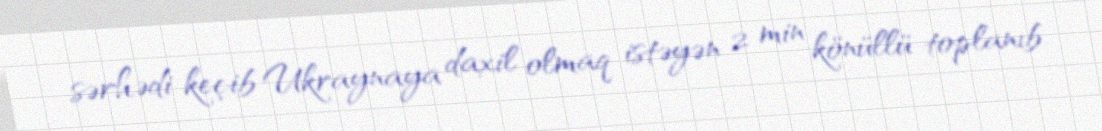
sərhədi keçib Ukraynaya daxil olmaq istəyən 2 min könüllü toplanıb.